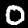
Digit: 0